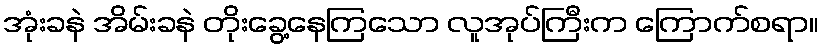
အုံးခနဲ အိမ်းခနဲ တိုးခွေ့နေကြသော လူအုပ်ကြီးက ကြောက်စရာ။